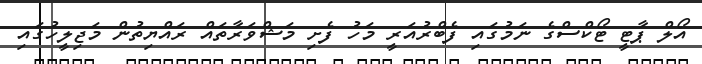
އޯލް ޕާޓީ ޓޯކްސްގެ ނަމުގައި ފެބްރުއަރީ މަހު ފެށި މަޝްވަރާތައް ރައްޔިތުން މަޖިލީހުގައި